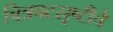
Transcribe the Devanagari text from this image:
चित्रपटस्रृष्टीचे